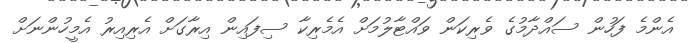
އެންމެ ފަހުން ސައްދާމުގެ ވެރިކަން ވައްޓާލުމަށް އެމެރިކާ ސިފައިން އިރާގަށް އެރިއިރު އެމީހުންނަށް